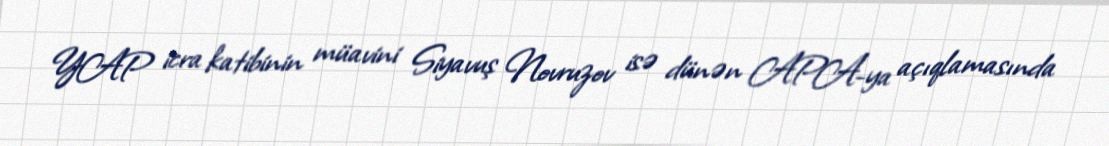
YAP icra katibinin müavini Siyavuş Novruzov isə dünən APA-ya açıqlamasında